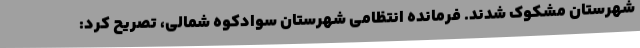
شهرستان مشکوک شدند. فرمانده انتظامی شهرستان سوادکوه شمالی، تصریح کرد: